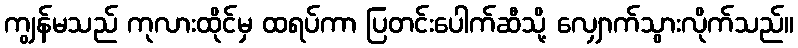
ကျွန်မသည် ကုလားထိုင်မှ ထရပ်ကာ ပြတင်းပေါက်ဆီသို့ လျှောက်သွားလိုက်သည်။